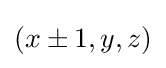
\textstyle (x\pm 1,y,z)